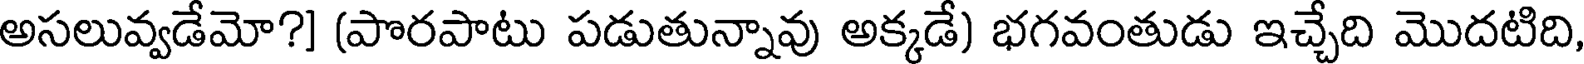
అసలువ్వడేమో?] (పొరపాటు పడుతున్నావు అక్కడే) భగవంతుడు ఇచ్చేది మొదటిది